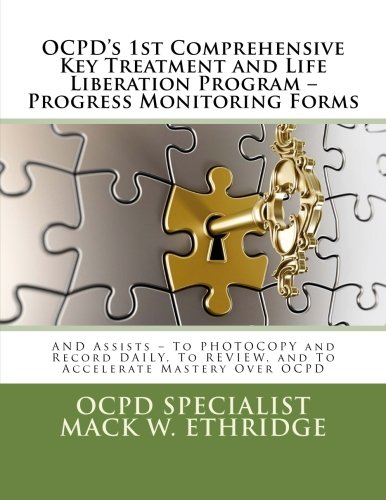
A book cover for OCPD's 1st Comprehensive Key Treatment and Life Liberation Program -- Progress Monitoring Forms: And Assists -- to Photocopy and Record Daily, to Review, and to Accelerate Mastery Over OCPD; Mack W. Ethridge; Health, Fitness & Dieting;